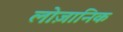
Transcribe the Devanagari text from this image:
लोज़ानिक